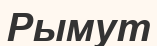
Рымут